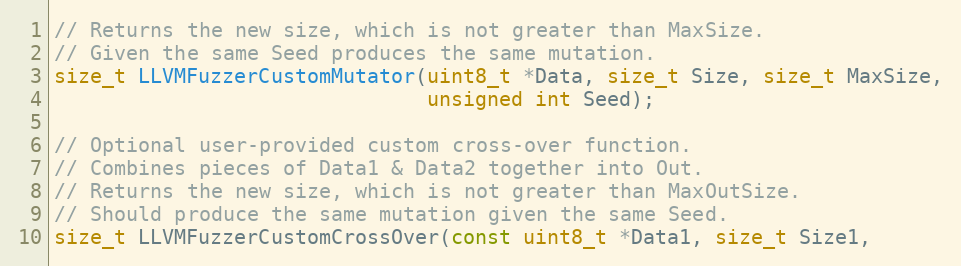
Language: C
// Returns the new size, which is not greater than MaxSize.
// Given the same Seed produces the same mutation.
size_t LLVMFuzzerCustomMutator(uint8_t *Data, size_t Size, size_t MaxSize,
                               unsigned int Seed);

// Optional user-provided custom cross-over function.
// Combines pieces of Data1 & Data2 together into Out.
// Returns the new size, which is not greater than MaxOutSize.
// Should produce the same mutation given the same Seed.
size_t LLVMFuzzerCustomCrossOver(const uint8_t *Data1, size_t Size1,